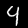
Digit: 4